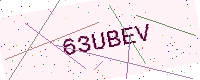
Text: 63UBEV